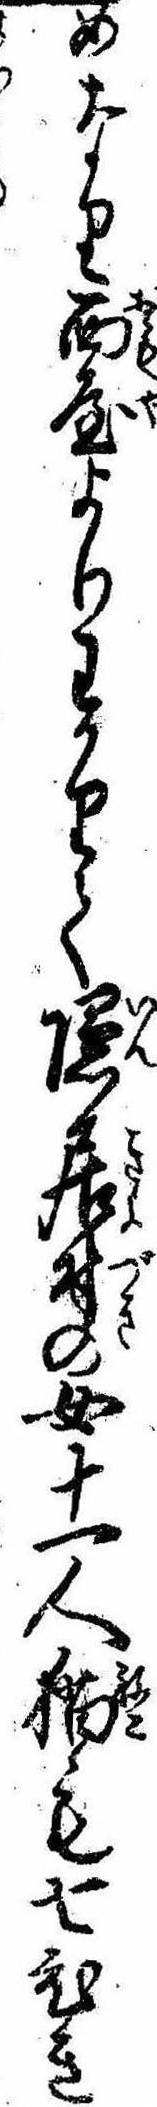
めなり面屋よりわかりて隠居付の女十一人猫も七ひき